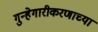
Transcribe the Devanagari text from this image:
गुन्हेगारीकरणाच्या